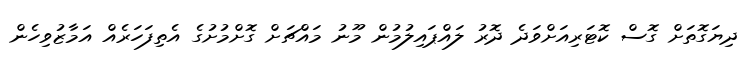
ދިޔަގޮތަށް ގޮސް ކޮޓަރިއަށްވަދެ ދޮރު ލައްޕައިލުމުން މޫނު މައްޗަށް ގޮށްމުށުގެ އެތިފަހަރެއް އަމާޒުވިހެން